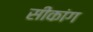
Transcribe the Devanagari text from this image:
सीकांग